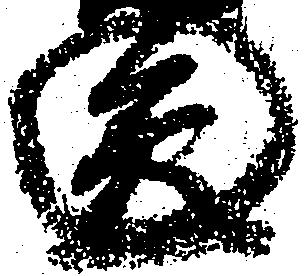
円